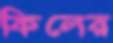
কিলের